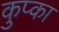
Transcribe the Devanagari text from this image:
कुप्का